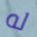
له